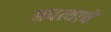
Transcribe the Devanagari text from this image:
अपत्याचे